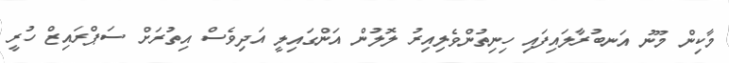
މާކިން މޫނު އަނބުރާލައިފައި ހިނިތުންވެލިއިރު ލޮލުން އަންގައިލީ އަދިވެސް އިތުރަށް ސަޕްރައިޒް ހުރީ